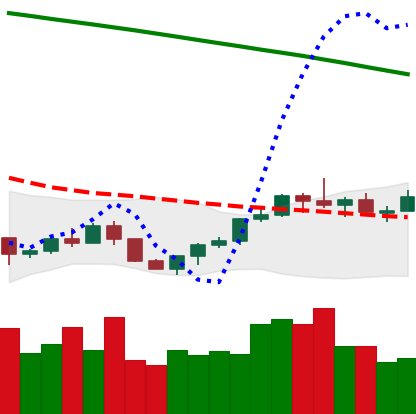
Ticker: LTC-USD
Chart end date: 2022-07-24
Forward return: 4.167%
Label: up_3_5